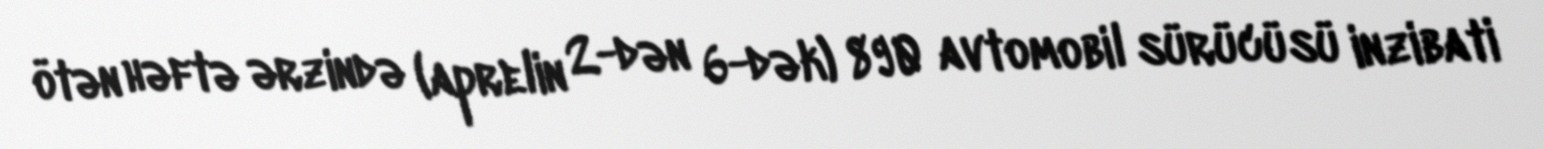
ötən həftə ərzində (aprelin 2-dən 6-dək) 890 avtomobil sürücüsü inzibati